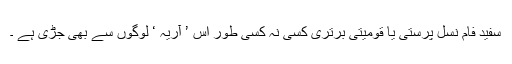
سفید فام نسل پرستی یا قومیتی برتری کسی نہ کسی طور اس ’ آریہ ‘ لوگوں سے بھی جڑی ہے ۔